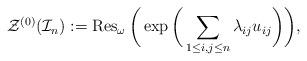
LaTeX: \begin{gather*}{\cal{Z}}^{(0)}({\cal{I}}_{n}):= \operatorname{Res}_{\omega} \bigg(\exp \bigg( \sum_{1 \le i, j \le n} \lambda_{ij} u_{ij} \bigg) \bigg),\end{gather*}